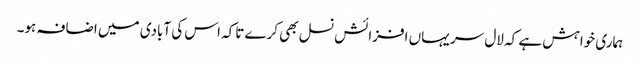
ہماری خواہش ہے کہ لال سر یہاں افزائش نسل بھی کرے تاکہ اس کی آبادی میں اضافہ ہو۔